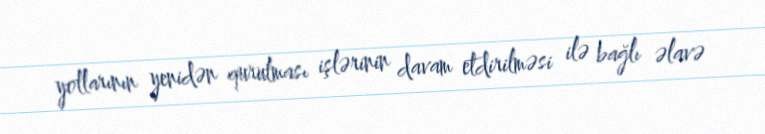
yollarının yenidən qurulması işlərinin davam etdirilməsi ilə bağlı əlavə